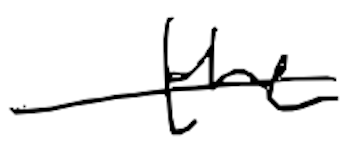
Text: the
Cross-out: single-line
Writing tool: digital_black